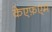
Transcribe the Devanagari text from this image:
केएफ़एम